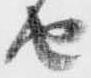
由